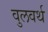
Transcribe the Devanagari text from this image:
वुलवर्थ